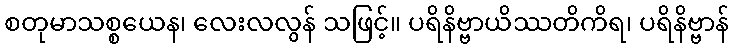
စတုမာသစ္စယေန၊ လေးလလွန် သဖြင့်။ ပရိနိဗ္ဗာယိဿတိကိရ၊ ပရိနိဗ္ဗာန်